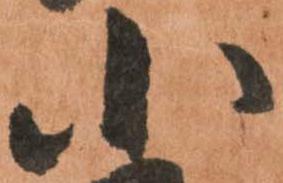
小